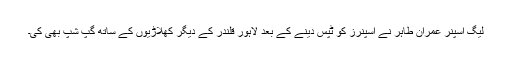
لیگ اسپنر عمران طاہر نے اسپنرز کو ٹپس دینے کے بعد لاہور قلندر کے دیگر کھلاڑیوں کے ساتھ گپ شپ بھی کی۔